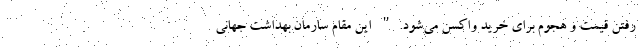
رفتن قیمت و هجوم برای خرید واکسن می‌شود." این مقام سارمان بهداشت جهانی